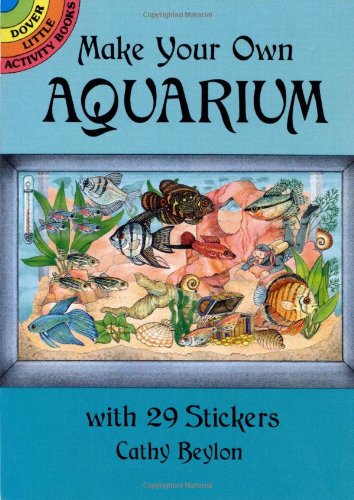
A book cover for Make Your Own Aquarium with 29 Stickers (Dover Little Activity Books Stickers); Cathy Beylon; Children's Books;